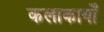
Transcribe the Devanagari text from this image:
कलाकार्यों